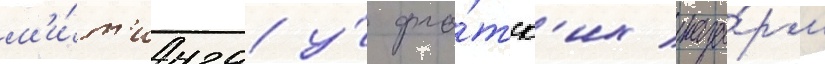
м'и́т'инга у́ фло́тск'их каза́рм